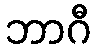
ဘာဂီ